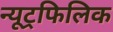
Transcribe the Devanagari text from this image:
न्यूट्रफिलिक